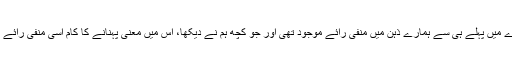
یہی وجہ تھی کہ ان کے بارے میں پہلے ہی سے ہمارے ذہن میں منفی رائے موجود تھی اور جو کچھ ہم نے دیکھا، اس میں معنی پہنانے کا کام اسی منفی رائے کی روشنی میں ہی انجام پایا۔